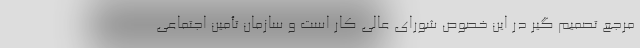
مرجع تصمیم گیر در این خصوص شورای عالی کار است و سازمان تأمین اجتماعی